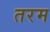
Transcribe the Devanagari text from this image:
तरम